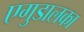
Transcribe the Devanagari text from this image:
एगुडालका